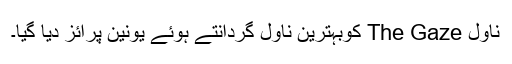
ناول The Gaze کوبہترین ناول گردانتے ہوئے یونین پرائز دیا گیا۔